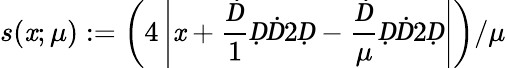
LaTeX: s(\mathit{x};\mu):=\left(4\left|\mathit{x}+\frac{Ḋ}{1}ḌḊ2Ḍ-\frac{Ḋ}{\mu}ḌḊ2Ḍ\right|\right)/\mu